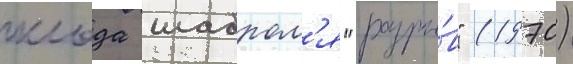
клода шаброл'я "разры́в" (1970)